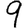
Digit: 9